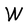
Character: W